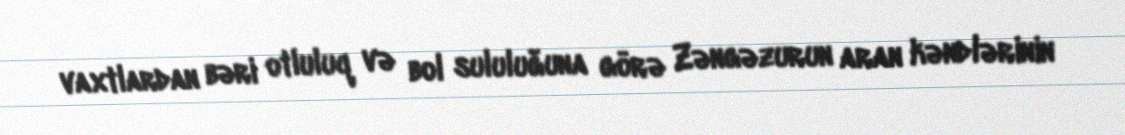
vaxtlardan bəri otluluq və bol sululuğuna görə Zəngəzurun aran kəndlərinin